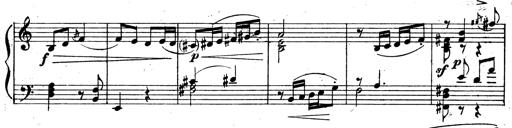
Title: 3 Sonatinas for Piano
Composer: Vissarion Shebalin